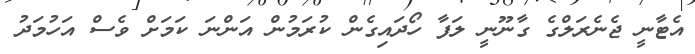
އެޓާނީ ޖެނެރަލްގެ ގާނޫނީ ލަފާ ހޯދައިގެން ކުރަމުން އަންނަ ކަމަށް ވެސް އަހުމަދު